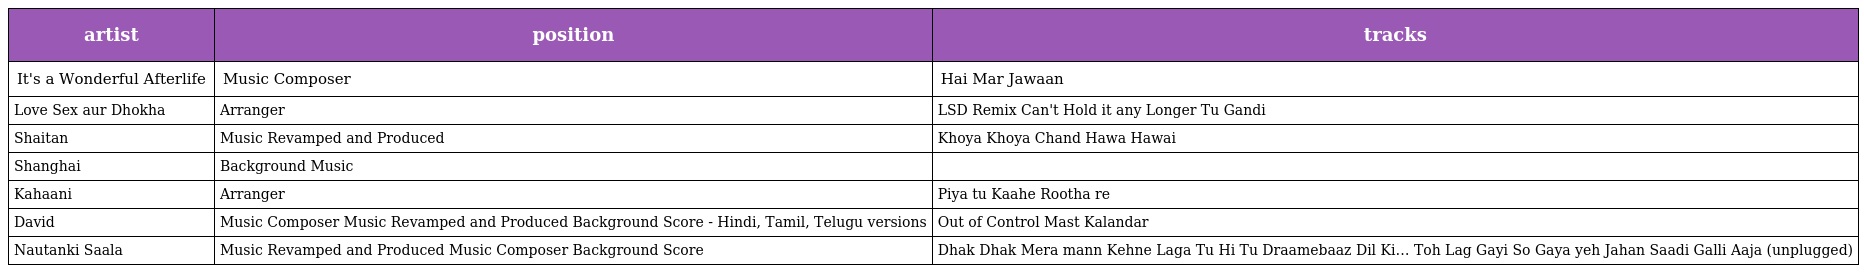
| artist | position | tracks |
 | --- | --- | --- |
 | It's a Wonderful Afterlife | Music Composer | Hai Mar Jawaan |
 | Love Sex aur Dhokha | Arranger | LSD Remix Can't Hold it any Longer Tu Gandi |
 | Shaitan | Music Revamped and Produced | Khoya Khoya Chand Hawa Hawai |
 | Shanghai | Background Music |  |
 | Kahaani | Arranger | Piya tu Kaahe Rootha re |
 | David | Music Composer Music Revamped and Produced Background Score - Hindi, Tamil, Telugu versions | Out of Control Mast Kalandar |
 | Nautanki Saala | Music Revamped and Produced Music Composer Background Score | Dhak Dhak Mera mann Kehne Laga Tu Hi Tu Draamebaaz Dil Ki… Toh Lag Gayi So Gaya yeh Jahan Saadi Galli Aaja (unplugged) |